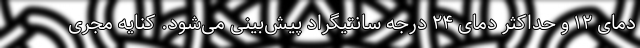
دمای ۱۲ و حداکثر دمای ۲۴ درجه سانتیگراد ‌پیش‌بینی می‌شود. کنایه مجری